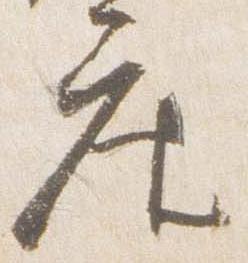
座